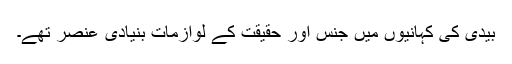
بیدی کی کہانیوں میں جنس اور حقیقت کے لوازمات بنیادی عنصر تھے۔